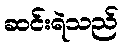
ဆင်းရဲသည်